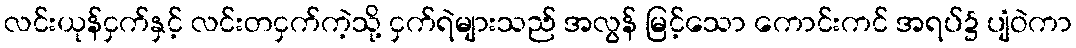
လင်းယုန်ငှက်နှင့် လင်းတငှက်ကဲ့သို့ ငှက်ရဲများသည် အလွန် မြင့်သော ကောင်းကင် အရပ်၌ ပျံဝဲကာ